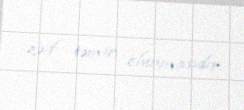
zəif təmin olunmasıdır.